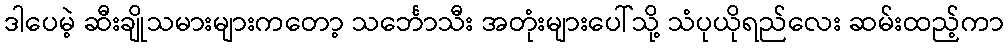
ဒါပေမဲ့ ဆီးချိုသမားများကတော့ သင်္ဘောသီး အတုံးများပေါ်သို့ သံပုယိုရည်လေး ဆမ်းထည့်ကာ